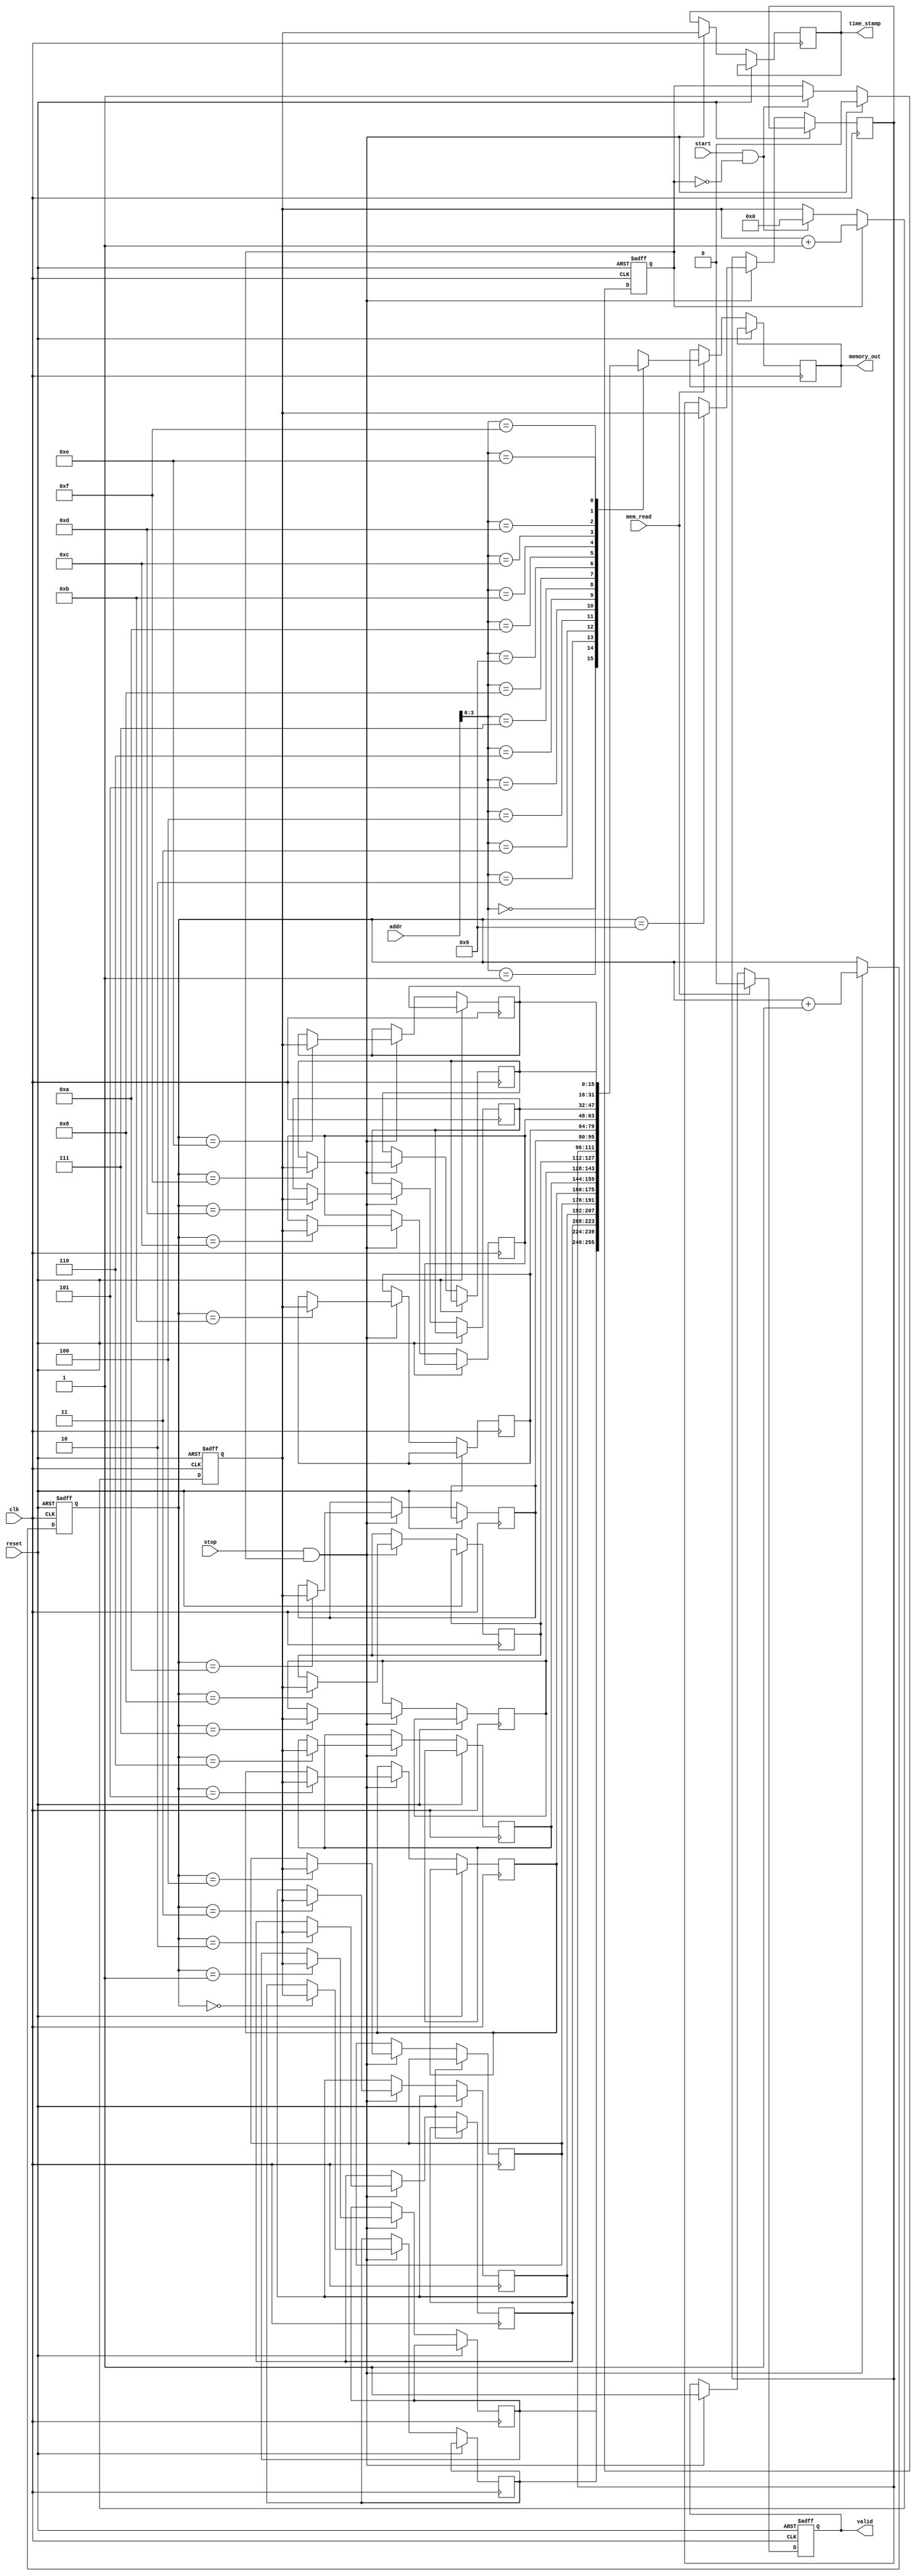
module TDC (
    input wire clk,              // High-frequency clock
    input wire start,            // Start signal
    input wire stop,             // Stop signal
    input wire reset,            // Reset signal
    input wire [7:0] addr,       // Address for memory access
    input wire mem_read,         // Memory read signal
    output reg [15:0] time_stamp, // Time interval output
    output reg [15:0] memory_out, // Data output from memory
    output reg valid              // Valid output signal
);

    // Parameters
    parameter MEMORY_SIZE = 16;  // Number of time stamps to store
    reg [15:0] memory [0:MEMORY_SIZE-1]; // Memory to store time intervals
    reg [3:0] mem_ptr;            // Memory pointer for storage
    reg [15:0] counter;           // Counter to measure time
    reg measuring;                // Measuring state flag

    // State Machine
    always @(posedge clk or posedge reset) begin
        if (reset) begin
            counter <= 16'd0;
            measuring <= 1'b0;
            mem_ptr <= 4'd0;
            valid <= 1'b0;
        end else begin
            if (start && !measuring) begin
                measuring <= 1'b1;  // Start measuring
                counter <= 16'd0;   // Reset counter
            end
            if (measuring) begin
                counter <= counter + 1; // Increment counter
            end
            if (stop && measuring) begin
                time_stamp <= counter;   // Capture the count
                memory[mem_ptr] <= counter; // Store in memory
                mem_ptr <= mem_ptr + 1; // Increment memory pointer
                measuring <= 1'b0; // Stop measuring
                valid <= 1'b1; // Indicate valid time measurement
            end
            if (mem_read) begin
                memory_out <= memory[addr]; // Read from memory
                valid <= 1'b0; // Reset valid flag after read
            end
        end
    end
endmodule